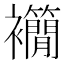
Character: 𧟉